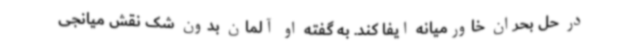
در حل بحران خاورمیانه ایفا کند. به گفته او آلمان بدون شک نقش میانجی